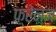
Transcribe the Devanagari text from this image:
फ़्रेन्ज़